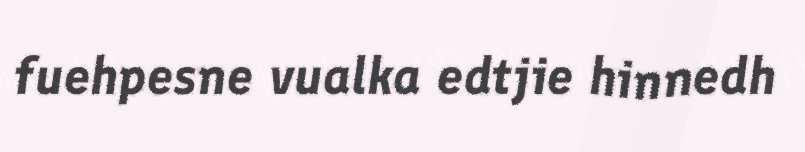
fuehpesne vualka edtjie hinnedh